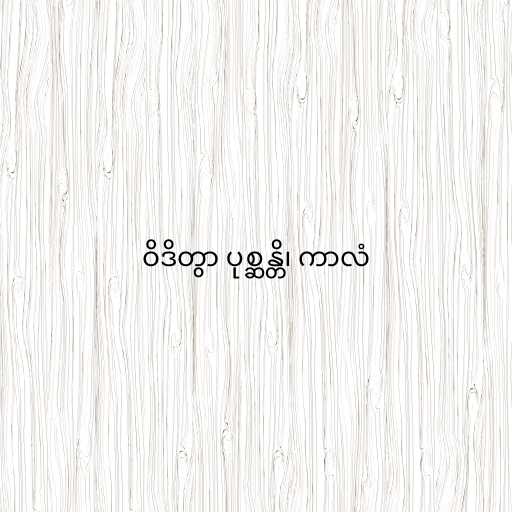
ဝိဒိတွာ ပုစ္ဆန္တိ၊ ကာလံ